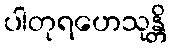
ပါတုရဟေသုန္တိ